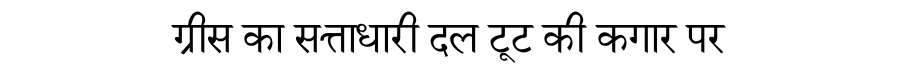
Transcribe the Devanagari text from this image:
ग्रीस का सत्ताधारी दल टूट की कगार पर